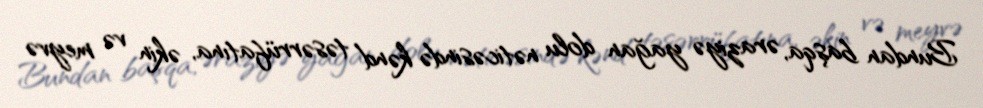
Bundan başqa, əraziyə yağan dolu nəticəsində kənd təsərrüfatına, əkin və meyvə